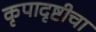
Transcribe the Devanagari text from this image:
कृपादृष्टीचा